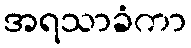
အရသာခံကာ